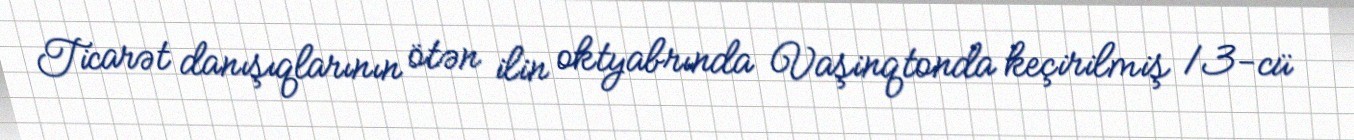
Ticarət danışıqlarının ötən ilin oktyabrında Vaşinqtonda keçirilmiş 13-cü